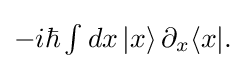
{\textstyle -i\hbar \int dx\left|x\right\rangle \partial _{x}\langle x|.}